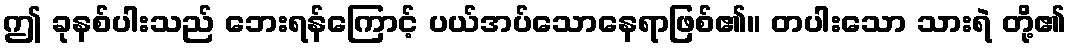
ဤ ခုနစ်ပါးသည် ဘေးရန်ကြောင့် ပယ်အပ်သောနေရာဖြစ်၏။ တပါးသော သားရဲ တို့၏